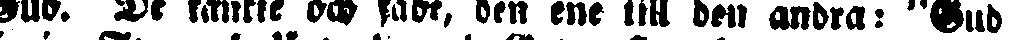
Gud. De tänkte och sade, den ene till den andra: "Gud